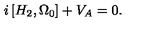
i \left[ H _ { 2 } , \Omega _ { 0 } \right] + V _ { A } = 0 .